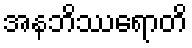
အနဘိဿရောတိ